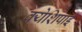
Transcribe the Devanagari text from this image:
क्येशिपाई